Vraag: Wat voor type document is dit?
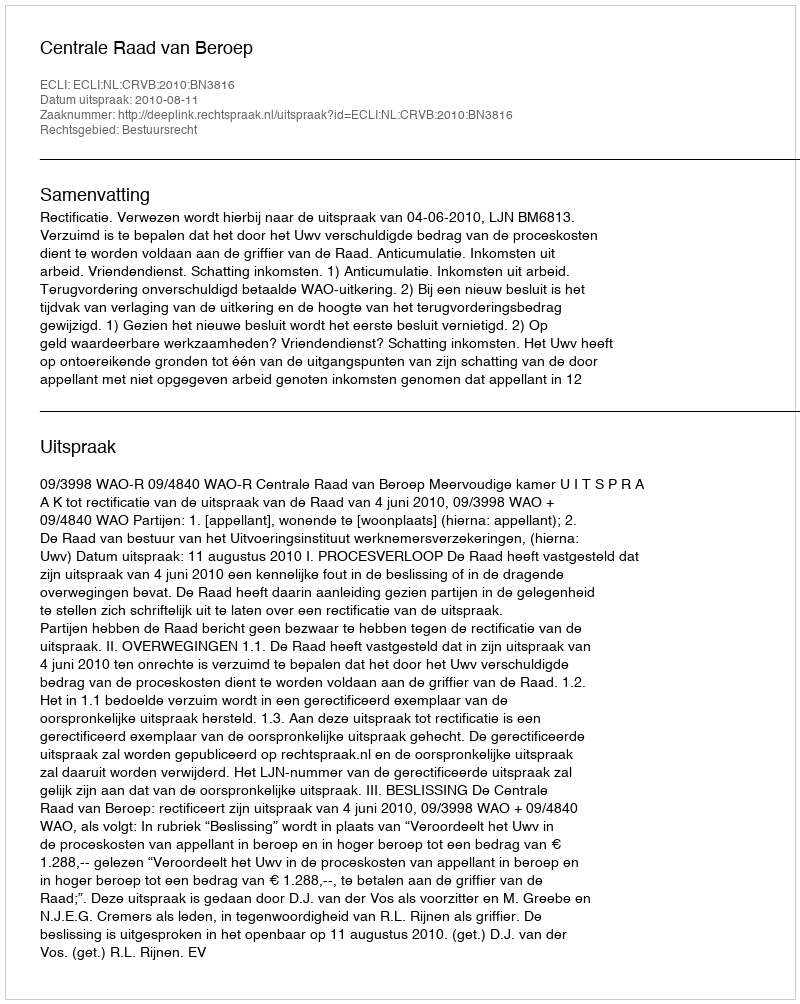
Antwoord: Uitspraak